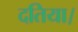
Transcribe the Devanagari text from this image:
दतिया।